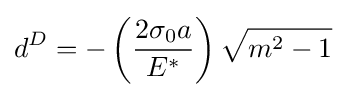
d^{D}=-\left({\frac {2\sigma _{0}a}{E^{*}}}\right){\sqrt {m^{2}-1}}